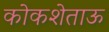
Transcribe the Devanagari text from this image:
कोकशेताऊ